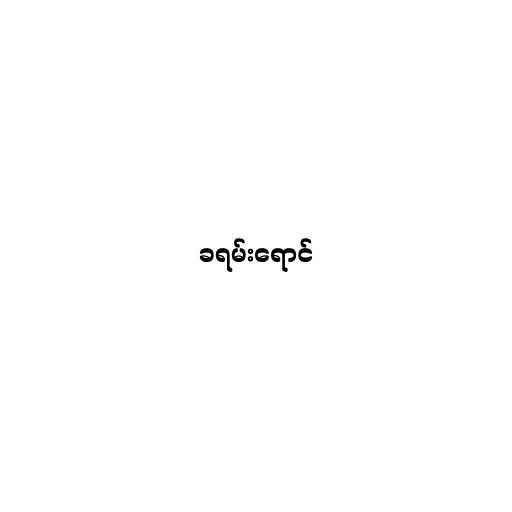
ခရမ်းရောင်